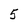
Character: 5